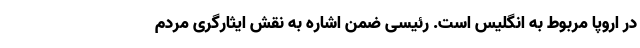
در اروپا مربوط به انگلیس است. رئیسی ضمن اشاره به نقش ایثارگری مردم